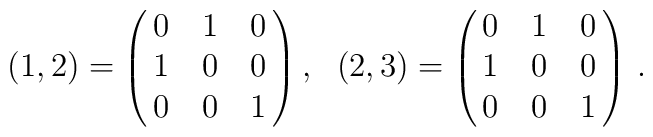
(1,2) = \pmatrix{0 & 1 & 0 \cr                 1 & 0 & 0 \cr                 0 & 0 & 1 }, \hspace{.1in} (2,3) = \pmatrix{0 & 1 & 0 \cr                                                      1 & 0 & 0 \cr                                                      0 & 0 & 1 }\, .